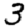
Digit: 3